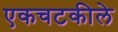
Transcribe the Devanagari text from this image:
एकचटकीले